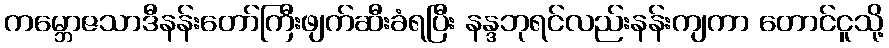
ကမ္ဘောဇသာဒီနန်းတော်ကြီးဖျက်ဆီးခံရပြီး နန္ဒဘုရင်လည်းနန်းကျကာ တောင်ငူသို့